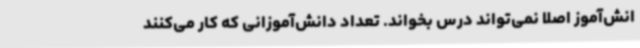
انش‌آموز اصلاً نمی‌تواند درس بخواند. تعداد دانش‌آموزانی که کار می‌کنند